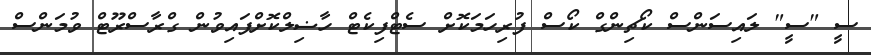
ސީ "ސީ" ލައިސަންސް ކޯޗިންގް ކޯސް ފުރިހަމަކޮށް ސެޓްފިކެޓް ހާޟިލްކޮށްފައިވުން ގްރާސްރޫޓް ވުމަންސް